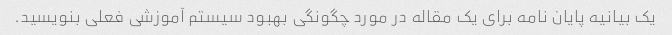
یک بیانیه پایان نامه برای یک مقاله در مورد چگونگی بهبود سیستم آموزشی فعلی بنویسید.